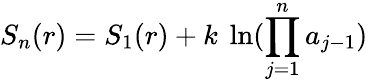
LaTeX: S_{n}(r)=S_{1}(r)+k\ \ln({\prod_{j=1}^{n}a_{j-1}})